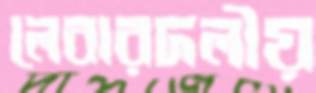
লেবারদলীয়